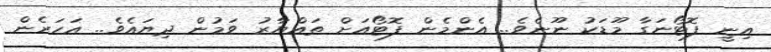
އިނީ ފޮޓޯނަގާ މޫޑަކު ނޫނެވެ.. އެންމެން ފޮޓޯއަށް ތައްޔާރު ވަމުން ދިޔައެވެ.. އަހަރެން